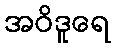
အဝိဒူရေ